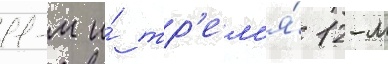
11-м и́ тр'ем'я́ 12-м